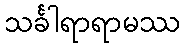
သင်္ခါရာရာမဿ